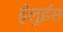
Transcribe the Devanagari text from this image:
हेलुईस